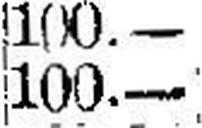
100.—